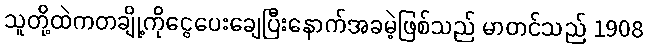
သူတို့ထဲကတချို့ကိုငွေပေးချေပြီးနောက်အခမဲ့ဖြစ်သည် မာတင်သည် 1908